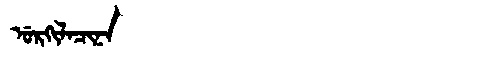
Manchu: ᡠᡵᡴᡳᠯᠠᠴᡳᠨᠠ
Romanization: URKILACINA